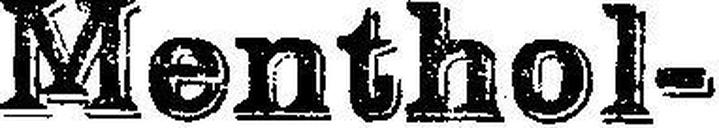
Menthol-